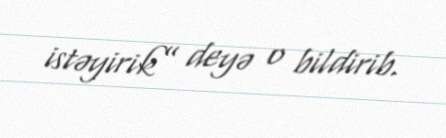
istəyirik” deyə o bildirib.